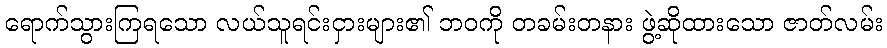
ရောက်သွားကြရသော လယ်သူရင်းငှားများ၏ ဘဝကို တခမ်းတနား ဖွဲ့ဆိုထားသော ဇာတ်လမ်း